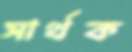
সার্থক